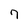
Character: 7